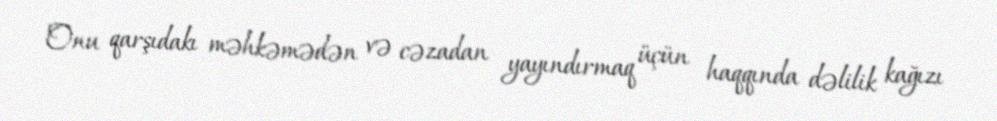
Onu qarşıdakı məhkəmədən və cəzadan yayındırmaq üçün haqqında dəlilik kağızı